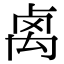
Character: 𥜽